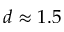
d \approx 1 . 5